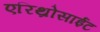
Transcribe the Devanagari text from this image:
एरिथ्रोसाईट